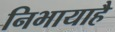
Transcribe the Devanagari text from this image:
निभायाहै